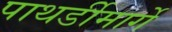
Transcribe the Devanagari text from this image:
पाथर्डीमार्गे